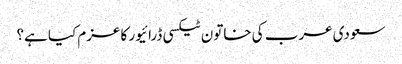
سعودی عرب کی خاتون ٹیکسی ڈرائیور کا عزم کیا ہے؟